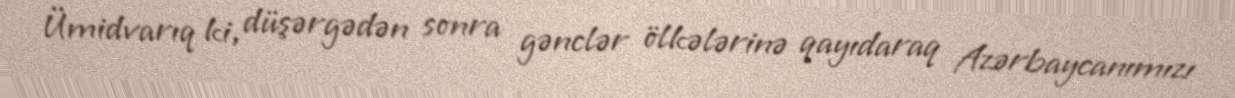
Ümidvarıq ki, düşərgədən sonra gənclər ölkələrinə qayıdaraq Azərbaycanımızı